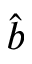
\hat { b }